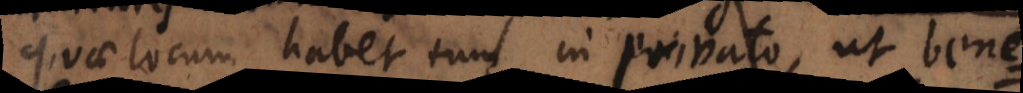
quae locum habet tum in privato, ut benef